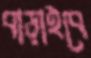
বাড়াইবে